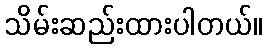
သိမ်းဆည်းထားပါတယ်။